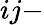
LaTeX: ij-